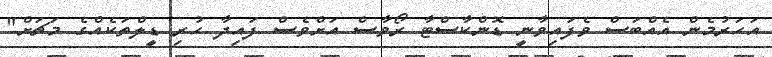
އަހަރުމެން އެއްބަސް ވެފައިވާނީ ޑޮންކާސްޓާ ރޯވާސް އަށްވެސް ފައިދާ ހުރި ޑީލްތަކެއްގެ މަޗަށް"